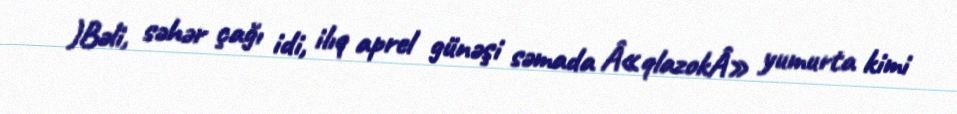
)Bəli, səhər çağı idi, ilıq aprel günəşi səmada Â«qlazokÂ» yumurta kimi